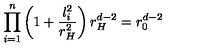
\prod _ { i = 1 } ^ { n } \left( 1 + \frac { l _ { i } ^ { 2 } } { r _ { H } ^ { 2 } } \right) r _ { H } ^ { d - 2 } = r _ { 0 } ^ { d - 2 }